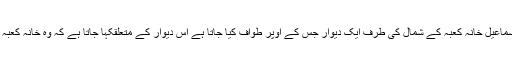
حطیم یا حجر اسماعیل خانہ کعبہ کے شمال کی طرف ایک دیوار جس کے اوپر طواف کیا جاتا ہے اس دیوار کے متعلقکہا جاتا ہے کہ وہ خانہ کعبہ میں شامل تھی۔